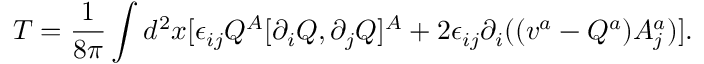
T = \frac { 1 } { 8 \pi } \int d ^ { 2 } x [ \epsilon _ { i j } Q ^ { A } [ \partial _ { i } Q , \partial _ { j } Q ] ^ { A } + 2 \epsilon _ { i j } \partial _ { i } ( ( v ^ { a } - Q ^ { a } ) A _ { j } ^ { a } ) ] .